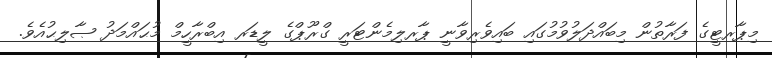
މިޕާރޓީގެ ފަރާތުން މިބައްދަލުވުމުގައި ބައިވެރިވާނީ ޕާރލިމެންޓަރީ ގްރޫޕްގެ ލީޑަރ އިބްރާހީމް މުޙައްމަދު ޞާލިޙުއެވެ.